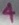
Text: 4